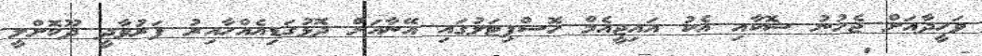
ވަހީދާއަށް ޖެހުނު ޝޮކާއި އެކު އައިޖީއެމް ހޮސްޕިޓަލުގައި އޭނާއަށް ދޮޅުގަޑިއެއްހާއިރު ފަރުވާދީ ދޫކޮށްލީ